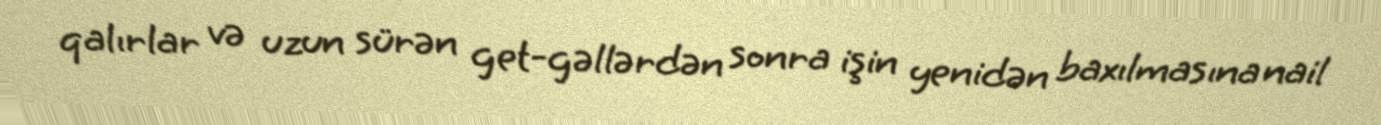
qalırlar və uzun sürən get-gəllərdən sonra işin yenidən baxılmasına nail